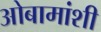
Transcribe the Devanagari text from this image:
ओबामांशी